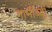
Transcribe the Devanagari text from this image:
नाभींच्या